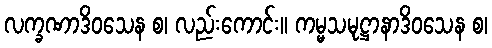
လက္ခဏာဒိဝသေန စ၊ လည်းကောင်း။ ကမ္မသမုဋ္ဌာနာဒိဝသေန စ၊